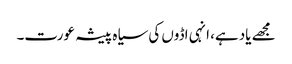
مجھے یاد ہے، انہی اڈوں کی سیاہ پیشہ عورت۔